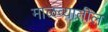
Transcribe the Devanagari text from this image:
माळव्यातील